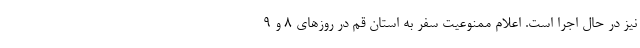
نیز در حال اجرا است. اعلام ممنوعیت سفر به استان قم در روزهای ۸ و ۹